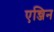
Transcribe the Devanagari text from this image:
एन्जिन